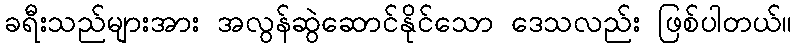
ခရီးသည်များအား အလွန်ဆွဲဆောင်နိုင်သော ဒေသလည်း ဖြစ်ပါတယ်။